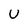
Character: U